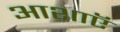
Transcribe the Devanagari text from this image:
आशाऍ